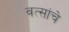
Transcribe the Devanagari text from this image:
वत्सांचे